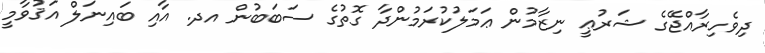
ދިވެހިރާއްޖޭގެ ޝަރުޢީ ނިޒާމުން ޢަމަލުކުރަމުންދާ ގޮތުގެ ސަބަބުން އދ. އާއި ބައިނަލް އަޤުވާމީ